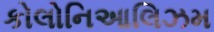
કોલોનિઆલિઝમ